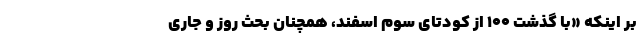
بر اینکه «با گذشت 100 از کودتای سوم اسفند، همچنان بحث روز و جاری